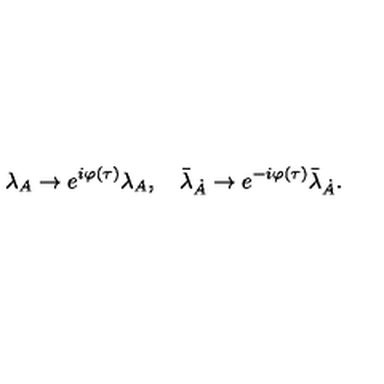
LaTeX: \lambda _ { A } \rightarrow e ^ { i \varphi ( \tau ) } \lambda _ { A } , \quad \bar { \lambda } _ { \dot { A } } \rightarrow e ^ { - i \varphi ( \tau ) } \bar { \lambda } _ { \dot { A } } .